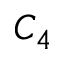
C _ { 4 }